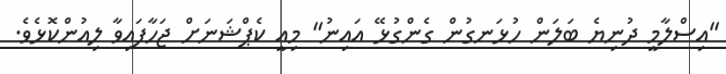
"އިސްލާމީ ދުނިޔެ ބަލަން ހުޅަނގުން ގެންގުޅޭ އައިނު" މިއީ ކެޕްޝަނަށް ޖަހާފައިވާ ލިއުންކޮޅެވެ.